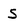
Character: S